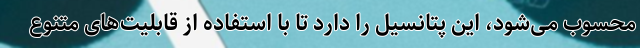
محسوب می‌شود، این پتانسیل را دارد تا با استفاده از قابلیت‌های متنوع